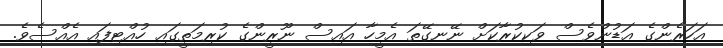
އަހަރެންގެ އަޑުންވެސް ވަކިކުރާކަށް ނޭނގޭތަ އެމީހާ އައިސް ނޫރީންގެ ކުރިމަތީގައި ހުއްޓިފައި އެއްސެވެ.